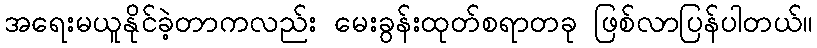
အရေးမယူနိုင်ခဲ့တာကလည်း မေးခွန်းထုတ်စရာတခု ဖြစ်လာပြန်ပါတယ်။